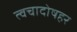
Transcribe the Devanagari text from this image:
त्वचादोषहर